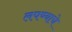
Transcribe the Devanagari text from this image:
लपण्याचे